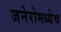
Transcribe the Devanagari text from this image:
जनेरोमध्येच